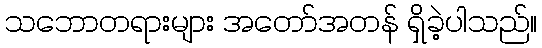
သဘောတရားများ အတော်အတန် ရှိခဲ့ပါသည်။